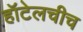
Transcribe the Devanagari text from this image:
हॉटेलचीच